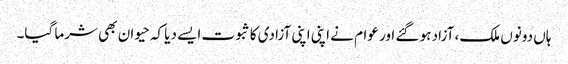
ہاں دونوں ملک، آزاد ہو گئے اور عوام نے اپنی اپنی آزادی کا ثبوت ایسے دیا کہ حیوان بھی شرما گیا۔